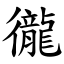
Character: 徿